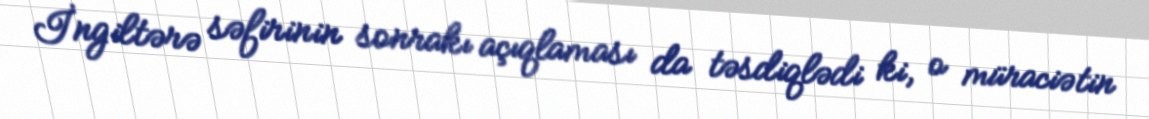
İngiltərə səfirinin sonrakı açıqlaması da təsdiqlədi ki, o müraciətin